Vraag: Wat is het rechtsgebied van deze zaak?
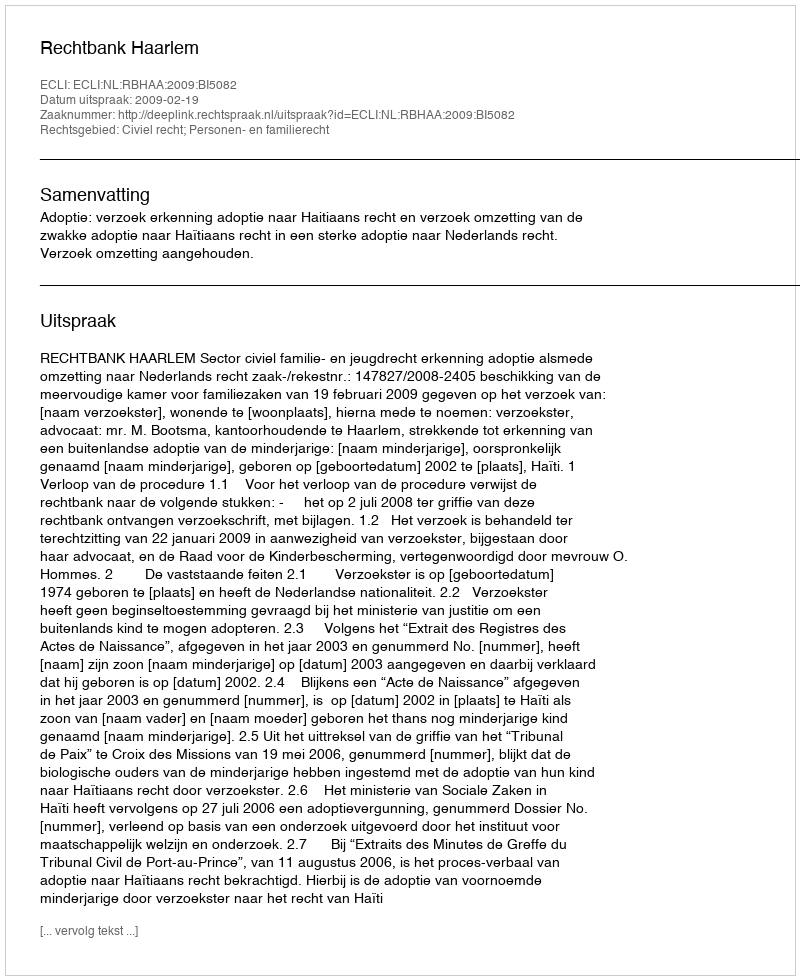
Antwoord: Civiel recht; Personen- en familierecht